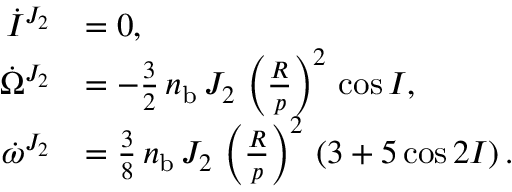
\begin{array} { r l } { \dot { I } ^ { J _ { 2 } } } & { = 0 , } \\ { \dot { \Omega } ^ { J _ { 2 } } } & { = - \frac { 3 } { 2 } \, n _ { \mathrm { b } } \, J _ { 2 } \, \left( \frac { R } { p } \right) ^ { 2 } \, \cos I , } \\ { \dot { \omega } ^ { J _ { 2 } } } & { = \frac { 3 } { 8 } \, n _ { \mathrm { b } } \, J _ { 2 } \, \left( \frac { R } { p } \right) ^ { 2 } \, \left( 3 + 5 \cos 2 I \right) . } \end{array}